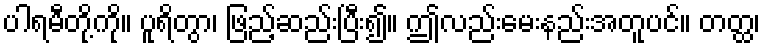
ပါရမီတို့ကို။ ပူရိတွာ၊ ဖြည့်ဆည်းပြီး၍။ ဤလည်းမေးနည်းအတူပင်။ တတ္ထ၊